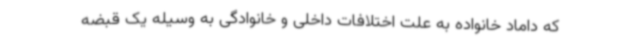
که داماد خانواده به علت اختلافات داخلی و خانوادگی به وسیله یک قبضه